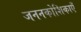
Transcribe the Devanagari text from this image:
जननकोशिकाएँ